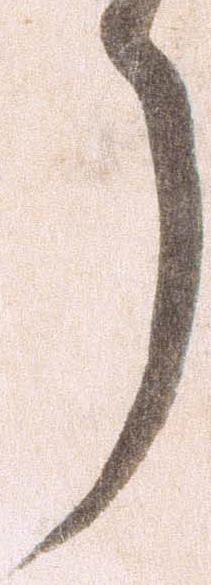
了